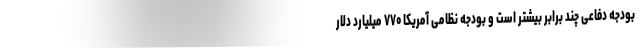
بودجه دفاعی چند برابر بیشتر است و بودجه نظامی آمریکا ۷۷۰ میلیارد دلار